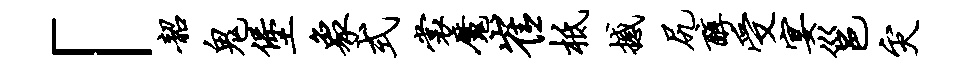
「韶鬼堡象式裳魔崔柢撼尻醇受宴邕灾